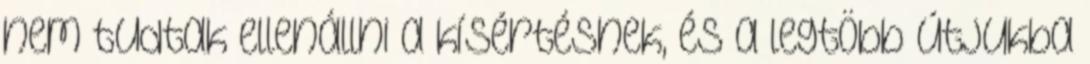
nem tudtak ellenállni a kísértésnek, és a legtöbb útjukba